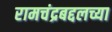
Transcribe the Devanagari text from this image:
रामचंद्रबद्दलच्या